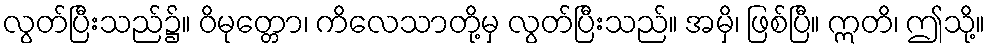
လွတ်ပြီးသည်၌။ ဝိမုတ္တော၊ ကိလေသာတို့မှ လွတ်ပြီးသည်။ အမှိ၊ ဖြစ်ပြီ။ ဣတိ၊ ဤသို့။